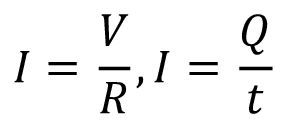
I = { \frac { V } { R } } , I = { \frac { Q } { t } }